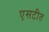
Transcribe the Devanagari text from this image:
एसटीत